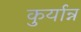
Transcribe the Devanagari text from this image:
कुर्यान्न